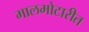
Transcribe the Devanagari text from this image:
मालमोटारीत